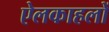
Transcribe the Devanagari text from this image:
ऐलकाहलों